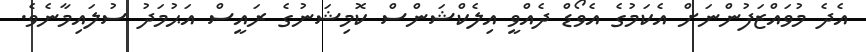
އެދެ މުވައްޒަފުންނަށް އެކަމުގެ އެވޯޑް ދެއްވީ އިލެކްޝަންސް ކޮމިޝަނުގެ ރައީސް އަޙުމަދު ސުލައިމާނެވެ.